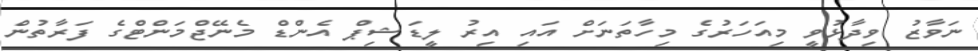
ނަވާޒު ވިދާޅުވީ މިއަހަރުގެ މިހާތަނަށް އައި އިރު ލީޑަޝިޕް އެންޑް މެނޭޖްމަންޓްގެ ފަރާތުން